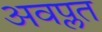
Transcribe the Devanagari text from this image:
अवप्लत